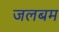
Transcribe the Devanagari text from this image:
जलबम